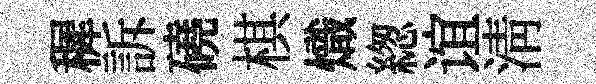
穉訴磽棋熾緫谊淸